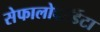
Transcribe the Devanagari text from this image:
सेफालोकॉर्डेटा